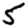
Digit: 5